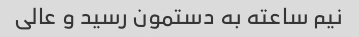
نیم ساعته به دستمون رسید و عالی